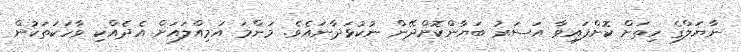
ނާޔަލްގެ ހިތަށް ކޮށްފައިވާ އަސަރު ބަޔާންކޮށްދޭން ނުކުޅަދާނައެވެ. މަންމަ އަމިއްލައަށް އެދެއްކި ވާހަކަތަކުން